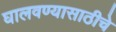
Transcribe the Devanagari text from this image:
घालवण्यासाठीचे